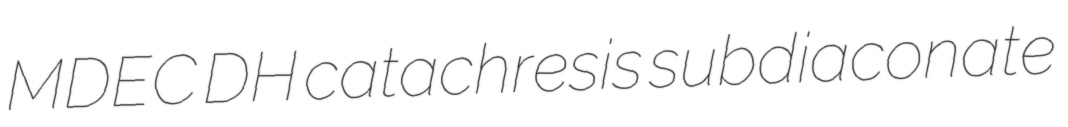
MDEC DH catachresis subdiaconate